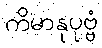
ကိမာနုပုဗ္ဗံ